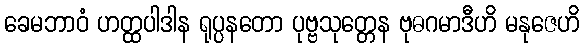
ခေမဘာဝံ ဟတ္ထပါဒါန ရုပ္ပနတော ပုဗ္ဗသုတ္တေန ဗုဓဂမာဒီဟိ မနုဇေဟိ